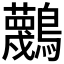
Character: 𪇴